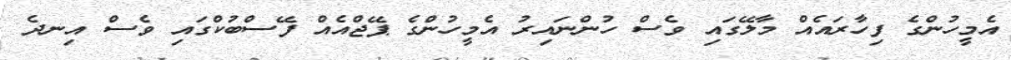
އެމީހުންގެ ފިހާރައެއް މާލޭގައި ވެސް ހުންނައިރު އެމީހުންގެ ޕޭޖްއެއް ފޭސްބުކްގައި ވެސް އިނދެ